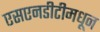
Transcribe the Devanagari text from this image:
एसएनडीटीमधून